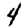
Digit: 4